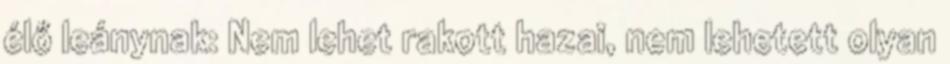
élő leánynak: Nem lehet rakott hazai, nem lehetett olyan